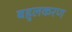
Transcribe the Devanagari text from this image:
बहुलकरण